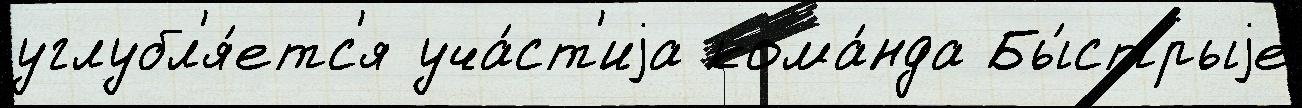
углубл'я́етс'я уча́ст'иjа кома́нда Бы́стрыjе